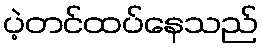
ပဲ့တင်ထပ်နေသည်